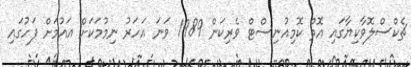
ޗެކްސްލޮވާކިޔާގައި އޮތް ކޮމިއުނިސްޓް ވެރިކަން 1989 ވަނަ އަހަރު ނިމުމަކަށް އައުމަށް ފަހުގައި